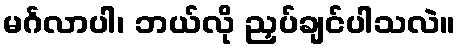
မင်္ဂလာပါ၊ ဘယ်လို ညှပ်ချင်ပါသလဲ။